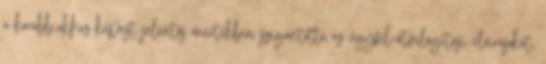
a korábbiakhoz képest jelentős mértékben szigorította az ügyfél-átvilágítási előírásokat,